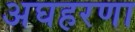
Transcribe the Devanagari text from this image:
अघहरणा